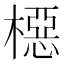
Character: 𬄚